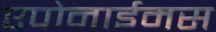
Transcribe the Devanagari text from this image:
एपोनाईमस